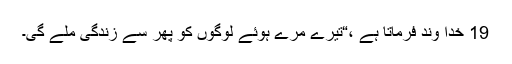
19 خدا وند فرماتا ہے ،“تیرے مرے ہوئے لوگوں کو پھر سے زندگی ملے گی۔